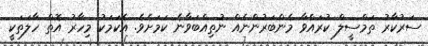
ސަރުކާރު ތަމްސީލް ކުރައްވާ މެންބަރުންނެއް ނުތިއްބަވާނެ ކަމަށެވެ. އެކަމަކު މިހާރު އޮތް ހާލަތަކީ